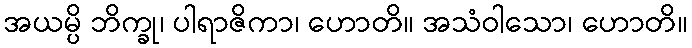
အယမ္ပိ ဘိက္ခု၊ ပါရာဇိကာ၊ ဟောတိ။ အသံဝါသော၊ ဟောတိ။